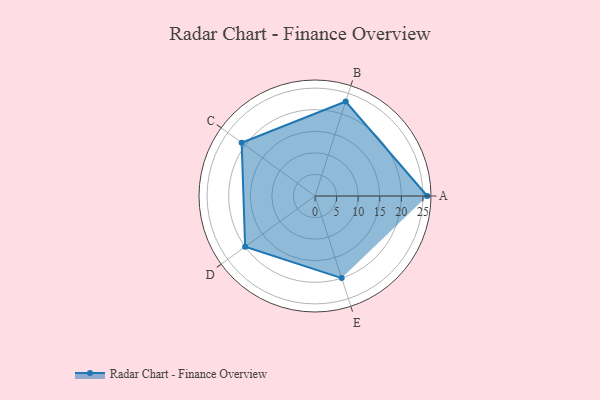
{"axis": {"x": "Skill", "y": "Score"}, "legend": ["Profile"], "data": [{"x": "A", "y": 26.0, "type": "Profile"}, {"x": "B", "y": 23.0, "type": "Profile"}, {"x": "C", "y": 21.0, "type": "Profile"}, {"x": "D", "y": 20, "type": "Profile"}, {"x": "E", "y": 20, "type": "Profile"}]}